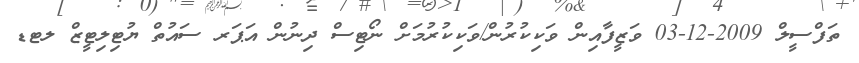
ތަފްސީލް 2009-12-03 ވަޒީފާއިން ވަކިކުރުން/ވަކިކުރުމަށް ނޯޓިސް ދިނުން އަޕަރ ސައުތް ޔުޓިލިޓީޒް ލޓޑ